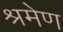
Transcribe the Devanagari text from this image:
श्रमेण